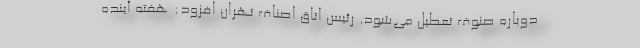
دوباره صنوف تعطیل می‌شود. رئیس اتاق اصناف تهران افزود: هفته آینده